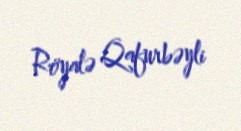
Röyalə Qafurbəyli